Indian journal of veterinary science and animal husbandry - Volume 8,
Year: 1938
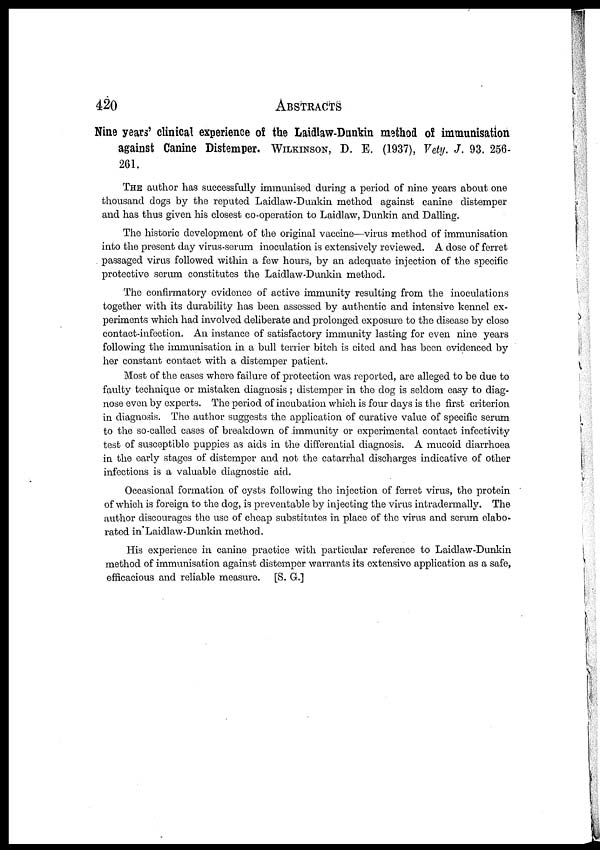
420
ABSTRACTS
Nine years' clinical experience of the Laidlaw-Dunkin method of immunisation
against Canine Distemper. WILKENSON, D. E. (1937), Vety. J. 93. 256-
261.
THE author has successfully immunised during a period of nine years about one
thousand dogs by the reputed Laidlaw-Dunkin method against canine distemper
and has thus given his closest co-operation to Laidlaw, Dunkin and Dalling.
The historic development of the original vaccine—virus method of immunisation
into the present day virus-serum inoculation is extensively reviewed. A dose of ferret
passaged virus followed within a few hours, by an adequate injection of the specific
protective serum constitutes the Laidlaw-Dunkin method.
The confirmatory evidence of active immunity resulting from the inoculations
together with its durability has been assessed by authentic and intensive kennel ex-
periments which had involved deliberate and prolonged exposure to the disease by close
contact-infection. An instance of satisfactory immunity lasting for even nine years
following the immunisation in a bull terrier bitch is cited and has been evidenced by
her constant contact with a distemper patient.
Most of the cases where failure of protection was reported, are alleged to be due to
faulty technique or mistaken diagnosis ; distemper in the dog is seldom easy to diag-
nose even by experts. The period of incubation which is four days is the first criterion
in diagnosis. The author suggests the application of curative value of specific serum
to the so-called cases of breakdown of immunity or experimental contact infectivity
test of susceptible puppies as aids in the differential diagnosis. A mucoid diarrhoea
in the early stages of distemper and not the catarrhal discharges indicative of other
infections is a valuable diagnostic aid.
Occasional formation of cysts following the injection of ferret virus, the protein
of which is foreign to the dog, is preventable by injecting the virus intradermally. The
author discourages the use of cheap substitutes in place of the virus and serum elabo-
rated in Laidlaw-Dunkin method.
His experience in canine practice with particular reference to Laidlaw-Dunkin
method of immunisation against distemper warrants its extensive application as a safe,
efficacious and reliable measure. [S. G.]